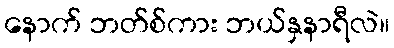
နောက် ဘတ်စ်ကား ဘယ်နှနာရီလဲ။